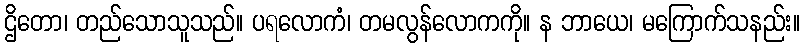
ဌိတော၊ တည်သောသူသည်။ ပရလောကံ၊ တမလွန်လောကကို။ န ဘာယေ၊ မကြောက်သနည်း။